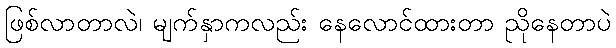
ဖြစ်လာတာလဲ၊ မျက်နှာကလည်း နေလောင်ထားတာ ညိုနေတာပဲ